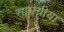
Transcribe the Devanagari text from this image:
सामग्रीया